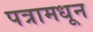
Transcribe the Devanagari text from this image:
पत्रामधून